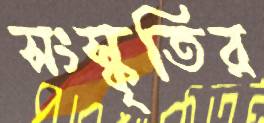
সংস্কৃতির